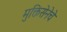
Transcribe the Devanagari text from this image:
मुक्तिसेनेचे